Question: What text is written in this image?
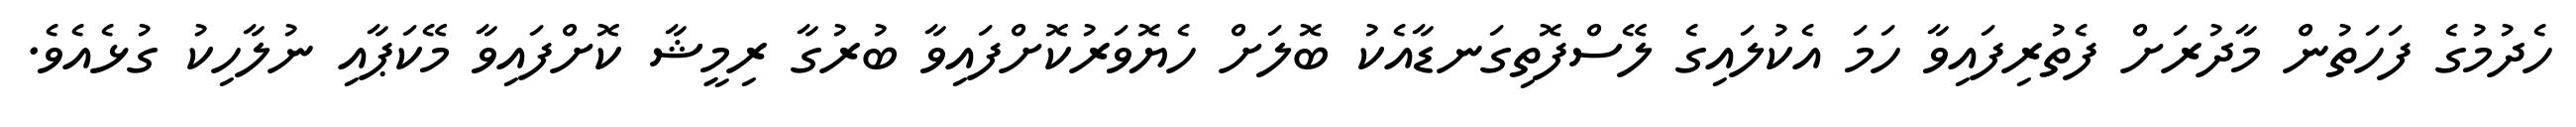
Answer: ހެދުމުގެ ފަހަތުން މާދުރަށް ފެތުރިފައިވާ ހަމަ އެކުލައިގެ ލޭސްފޮތިގަނޑާއެކު ބޮލަށް ހެޔޮވަރުކޮށްފައިވާ ބުރުގާ ރިމީޝާ ކޮށްފައިވާ މޭކަޕާއި ނުލާހިކު ގުޅެއެވެ.